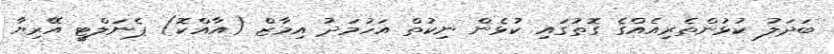
ބަދަލު ކުޅުންތެރިއެއްގެ ގޮތުގައި ކުޅެން ނިކުތް އަހުމަދު އިމާޒް (އާއްކޮ) ޕެނަލްޓީ އޭރިޔާ